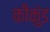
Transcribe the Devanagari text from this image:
कीकुंड